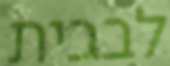
לבבית